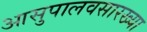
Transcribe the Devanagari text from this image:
आसुपालवसारख्या